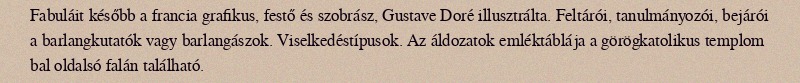
Fabuláit később a francia grafikus, festő és szobrász, Gustave Doré illusztrálta. Feltárói, tanulmányozói, bejárói a barlangkutatók vagy barlangászok. Viselkedéstípusok. Az áldozatok emléktáblája a görögkatolikus templom bal oldalsó falán található.